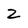
Character: 2